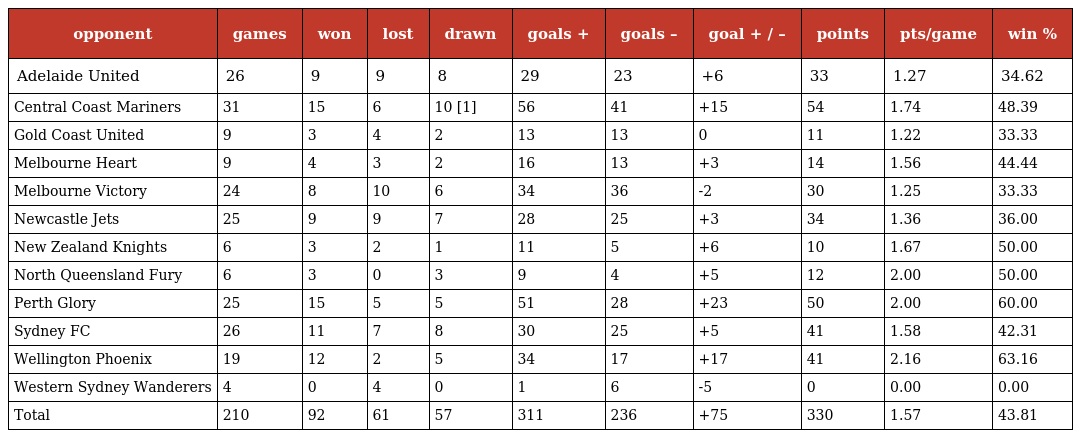
| opponent | games | won | lost | drawn | goals + | goals – | goal + / – | points | pts/game | win % |
 | --- | --- | --- | --- | --- | --- | --- | --- | --- | --- | --- |
 | Adelaide United | 26 | 9 | 9 | 8 | 29 | 23 | +6 | 33 | 1.27 | 34.62 |
 | Central Coast Mariners | 31 | 15 | 6 | 10 [1] | 56 | 41 | +15 | 54 | 1.74 | 48.39 |
 | Gold Coast United | 9 | 3 | 4 | 2 | 13 | 13 | 0 | 11 | 1.22 | 33.33 |
 | Melbourne Heart | 9 | 4 | 3 | 2 | 16 | 13 | +3 | 14 | 1.56 | 44.44 |
 | Melbourne Victory | 24 | 8 | 10 | 6 | 34 | 36 | -2 | 30 | 1.25 | 33.33 |
 | Newcastle Jets | 25 | 9 | 9 | 7 | 28 | 25 | +3 | 34 | 1.36 | 36.00 |
 | New Zealand Knights | 6 | 3 | 2 | 1 | 11 | 5 | +6 | 10 | 1.67 | 50.00 |
 | North Queensland Fury | 6 | 3 | 0 | 3 | 9 | 4 | +5 | 12 | 2.00 | 50.00 |
 | Perth Glory | 25 | 15 | 5 | 5 | 51 | 28 | +23 | 50 | 2.00 | 60.00 |
 | Sydney FC | 26 | 11 | 7 | 8 | 30 | 25 | +5 | 41 | 1.58 | 42.31 |
 | Wellington Phoenix | 19 | 12 | 2 | 5 | 34 | 17 | +17 | 41 | 2.16 | 63.16 |
 | Western Sydney Wanderers | 4 | 0 | 4 | 0 | 1 | 6 | -5 | 0 | 0.00 | 0.00 |
 | Total | 210 | 92 | 61 | 57 | 311 | 236 | +75 | 330 | 1.57 | 43.81 |